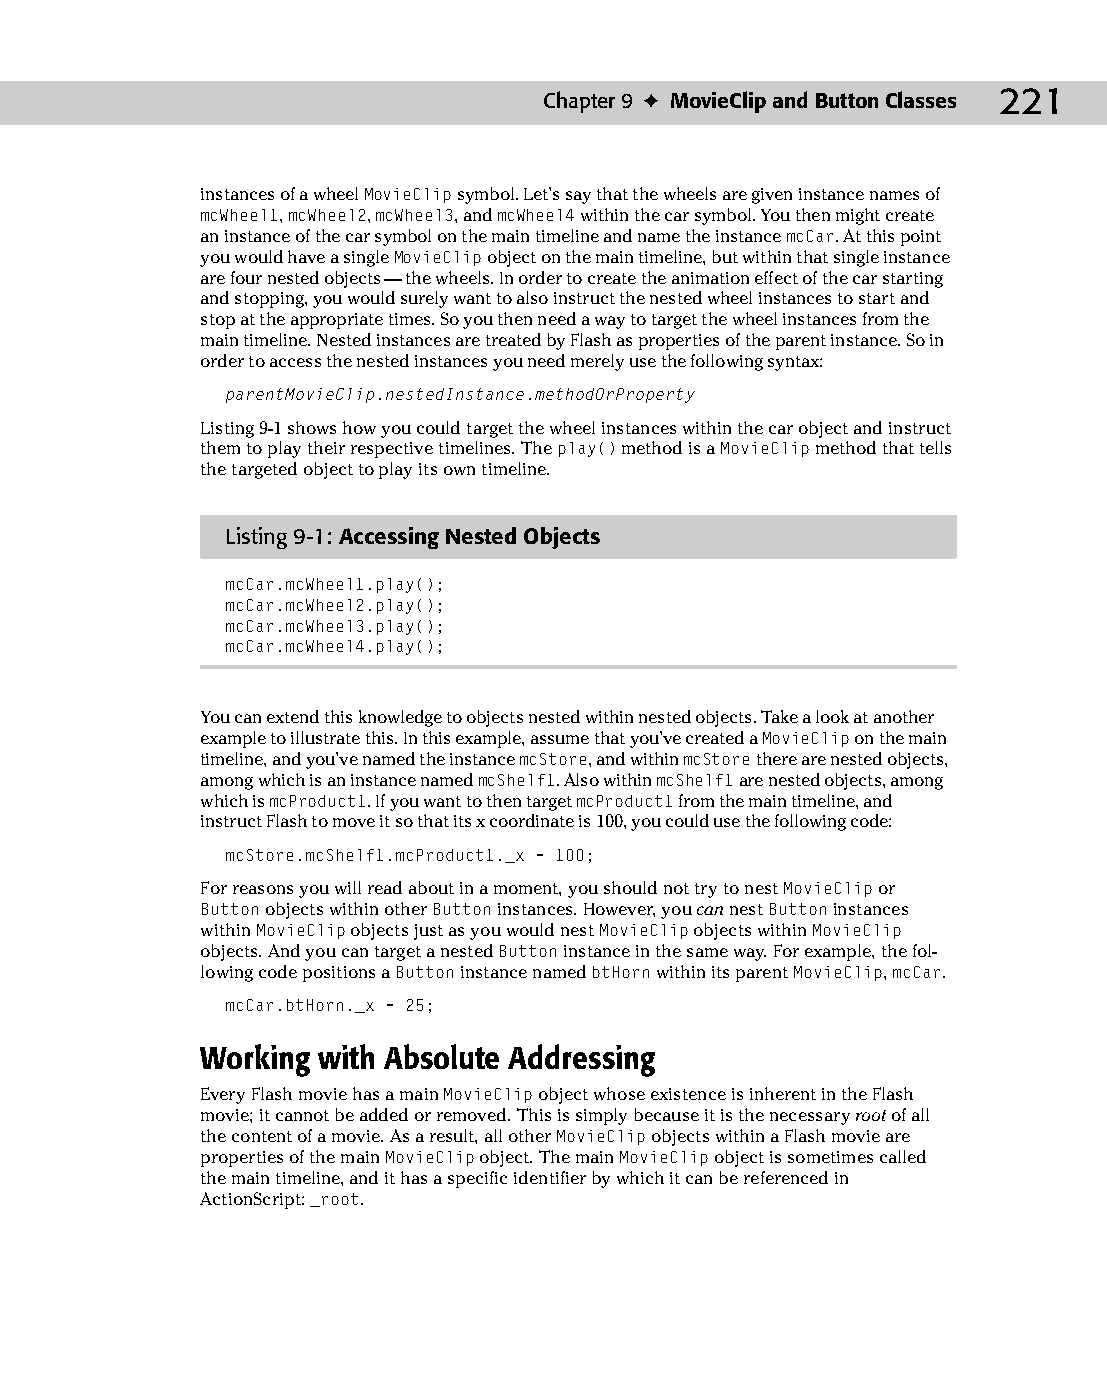
13 543547 ch09.qxd 3/24/04 3:49 PM Page 221
 Chapter 9 ✦ MovieClip and Button Classes 221
 instances of a wheel MovieClip symbol. Let’s say that the wheels are given instance names of
 mcWheel1, mcWheel2, mcWheel3, and mcWheel4 within the car symbol. You then might create
 an instance of the car symbol on the main timeline and name the instance mcCar. At this point
 you would have a single MovieClip object on the main timeline, but within that single instance
 are four nested objects — the wheels. In order to create the animation effect of the car starting
 and stopping, you would surely want to also instruct the nested wheel instances to start and
 stop at the appropriate times. So you then need a way to target the wheel instances from the
 main timeline. Nested instances are treated by Flash as properties of the parent instance. So in
 order to access the nested instances you need merely use the following syntax:
 parentMovieClip.nestedInstance.methodOrProperty
 Listing 9-1 shows how you could target the wheel instances within the car object and instruct
 them to play their respective timelines. The play() method is a MovieClip method that tells
 the targeted object to play its own timeline.
 Listing 9-1: Accessing Nested Objects
 mcCar.mcWheel1.play();
 mcCar.mcWheel2.play();
 mcCar.mcWheel3.play();
 mcCar.mcWheel4.play();
 You can extend this knowledge to objects nested within nested objects. Take a look at another
 example to illustrate this. In this example, assume that you’ve created a MovieClip on the main
 timeline, and you’ve named the instance mcStore, and within mcStore there are nested objects,
 among which is an instance named mcShelf1. Also within mcShelf1 are nested objects, among
 which is mcProduct1. If you want to then target mcProduct1 from the main timeline, and
 instruct Flash to move it so that its x coordinate is 100, you could use the following code:
 mcStore.mcShelf1.mcProduct1._x = 100;
 For reasons you will read about in a moment, you should not try to nest MovieClip or
 Button objects within other Button instances. However, you can nest Button instances
 within MovieClip objects just as you would nest MovieClip objects within MovieClip
 objects. And you can target a nested Button instance in the same way. For example, the fol­
 lowing code positions a Button instance named btHorn within its parent MovieClip, mcCar.
 mcCar.btHorn._x = 25;
 Working with Absolute Addressing
 Every Flash movie has a main MovieClip object whose existence is inherent in the Flash
 movie; it cannot be added or removed. This is simply because it is the necessary root of all
 the content of a movie. As a result, all other MovieClip objects within a Flash movie are
 properties of the main MovieClip object. The main MovieClip object is sometimes called
 the main timeline, and it has a specific identifier by which it can be referenced in
 ActionScript: _root.